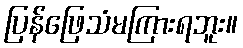
ပြန်ဖြေသံမကြားရဘူး။